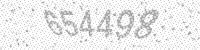
Solution: 654498